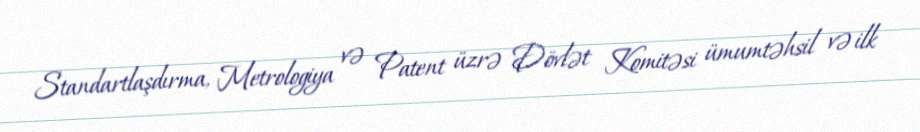
Standartlaşdırma, Metrologiya və Patent üzrə Dövlət Komitəsi ümumtəhsil və ilk